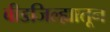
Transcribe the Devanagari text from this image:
बीडजिल्ह्यातून